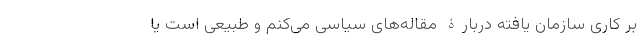
بر کاری سازمان یافته دربارۀ مقاله‌های سیاسی می‌کنم و طبیعی است یا